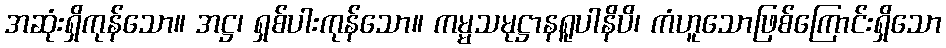
အဆုံးရှိကုန်သော။ အဋ္ဌ၊ ရှစ်ပါးကုန်သော။ ကမ္မသမုဋ္ဌာနရူပါနိပိ၊ ကံဟူသောဖြစ်ကြောင်းရှိသော